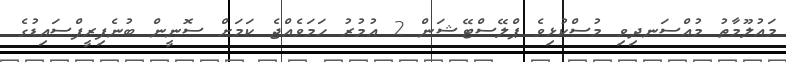
މައުލޫމާތު މުއްސަނދިވި މުސްކުޅިވެ ޕްލޭސްޓޭޝަން 2 އުމުރު ހަމަވެއްޖެ ކަމަށް ސޮނީން ބުނެފިރީފްސައިޑުގެ